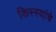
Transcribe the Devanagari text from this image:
किस्स्यांचे